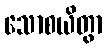
သောစယိတွာ